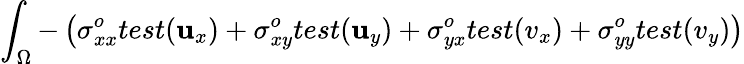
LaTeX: \int_{\Omega}-\left(\sigma_{xx}^{o}test(\mathbf{u}_{x})+\sigma_{xy}^{o}test(\mathbf{u}_{y})+\sigma_{yx}^{o}test(v_{x})+\sigma_{yy}^{o}test(v_{y})\right)